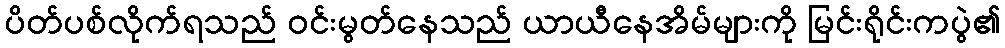
ပိတ်ပစ်လိုက်ရသည် ဝင်းမွတ်နေသည် ယာယီနေအိမ်များကို မြင်းရိုင်းကပွဲ၏